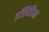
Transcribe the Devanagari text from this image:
इस्पिडिना